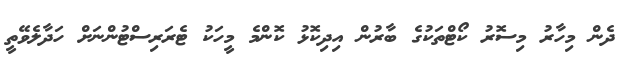
ދެން މިހާރު މިސޮރު ކޯޓްތަކުގެ ބާރުން އިދިކޮޅު ކޮންމެ މީހަކު ޓެރަރިސްޓުންނަށް ހަދާލެވޭތީ